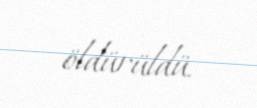
öldürüldü.